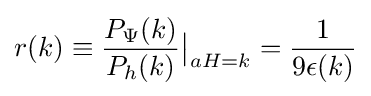
r(k)\equiv {\frac {P_{\Psi }(k)}{P_{h}(k)}}{\big |}_{aH=k}={\frac {1}{9\epsilon (k)}}